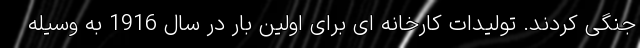
جنگی کردند. تولیدات کارخانه ای برای اولین بار در سال 1916 به وسیله